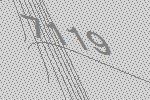
7119